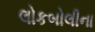
લોકબોલીના